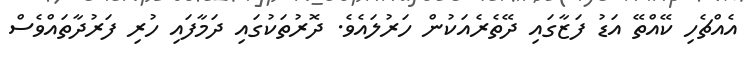
އެއްޗެހި ކޭއްތޭ އަޑު ފަޒާގައި ދޭތެރެއަކުން ހަރުލައެވެ. ދޮރުތަކުގައި ދަމާފައި ހުރި ފަރުދާތައްވެސް